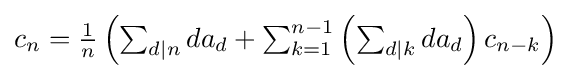
{\textstyle c_{n}={\frac {1}{n}}\left(\sum _{d|n}da_{d}+\sum _{k=1}^{n-1}\left(\sum _{d|k}da_{d}\right)c_{n-k}\right)}